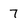
Character: 7